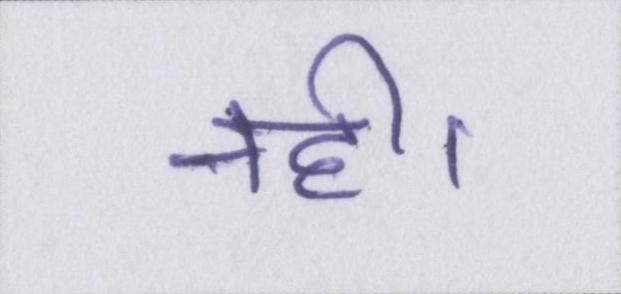
नही।